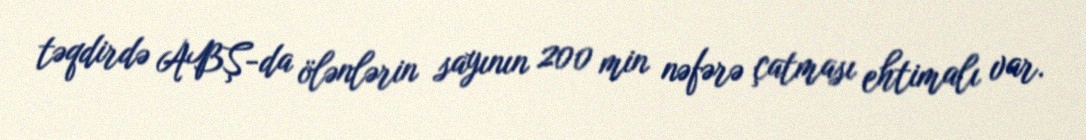
təqdirdə ABŞ-da ölənlərin sayının 200 min nəfərə çatması ehtimalı var.